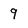
Character: 9